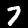
Digit: 7